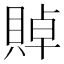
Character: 𲂰